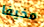
مخيفا